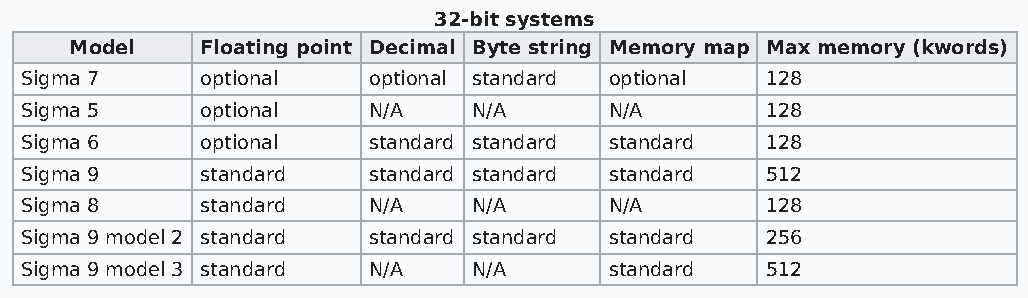
32-bit systems
 Model   Floating point Decimal Byte string Memory map Max memory (kwords)
 Sigma 7     optional   optional standard optional 128
 Sigma 5     optional   N/A    N/A      N/A        128
 Sigma 6     optional   standard standard standard 128
 Sigma 9     standard   standard standard standard 512
 Sigma 8     standard   N/A    N/A      N/A        128
 Sigma 9 model 2 standard standard standard standard 256
 Sigma 9 model 3 standard N/A  N/A      standard   512